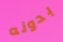
بدونه